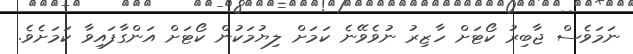
ނަމަވެސް ޖާބިރު ކޯޓަށް ހާޒިރު ނުވެވޭނެ ކަމަށް ލިޔުމަކުން ކޯޓަށް އަންގާފައިވާ ކަމަށެވެ.